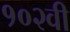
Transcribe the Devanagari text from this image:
१०२वी